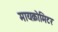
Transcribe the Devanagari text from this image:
मायक्रोमिटर